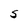
Character: S